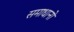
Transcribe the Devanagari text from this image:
समाधानो